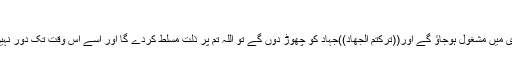
رسو ل اللہ ﷺنے فرمایا:
’’جب تم سودی کاروبار کرنے لگ جاؤگے اور بیلوں کی دم کو پکڑے کھیتی باڑی میں مشغول ہوجاؤ گے اور((تَرَکْتُمُ الْجِھَادَ))جہاد کو چھوڑ دوں گے تو اللہ تم پر ذلت مسلط کردے گا اور اسے اس وقت تک دور نہیں کرے گا ،یہاں تک کہ تم اپنے ’’دین‘‘(یعنی جہاد فی سبیل اللہ)کی طرف لوٹ آؤ۔